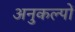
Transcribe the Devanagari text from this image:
अनुकल्पों